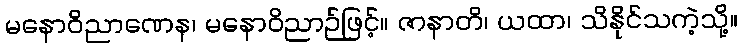
မနောဝိညာဏေန၊ မနောဝိညာဉ်ဖြင့်။ ဇာနာတိ၊ ယထာ၊ သိနိုင်သကဲ့သို့။